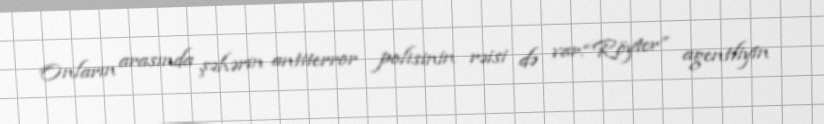
Onların arasında şəhərin antiterror polisinin rəisi də var.“Röyter” agentliyin